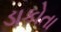
ડાકોતા